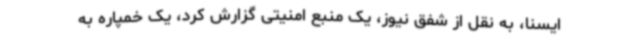
ایسنا، به نقل از شفق نیوز، یک منبع امنیتی گزارش کرد، یک خمپاره به